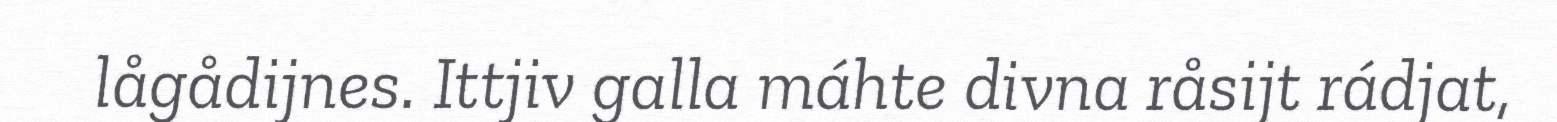
lågådijnes. Ittjiv galla máhte divna råsijt rádjat,